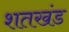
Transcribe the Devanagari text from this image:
शतखंड